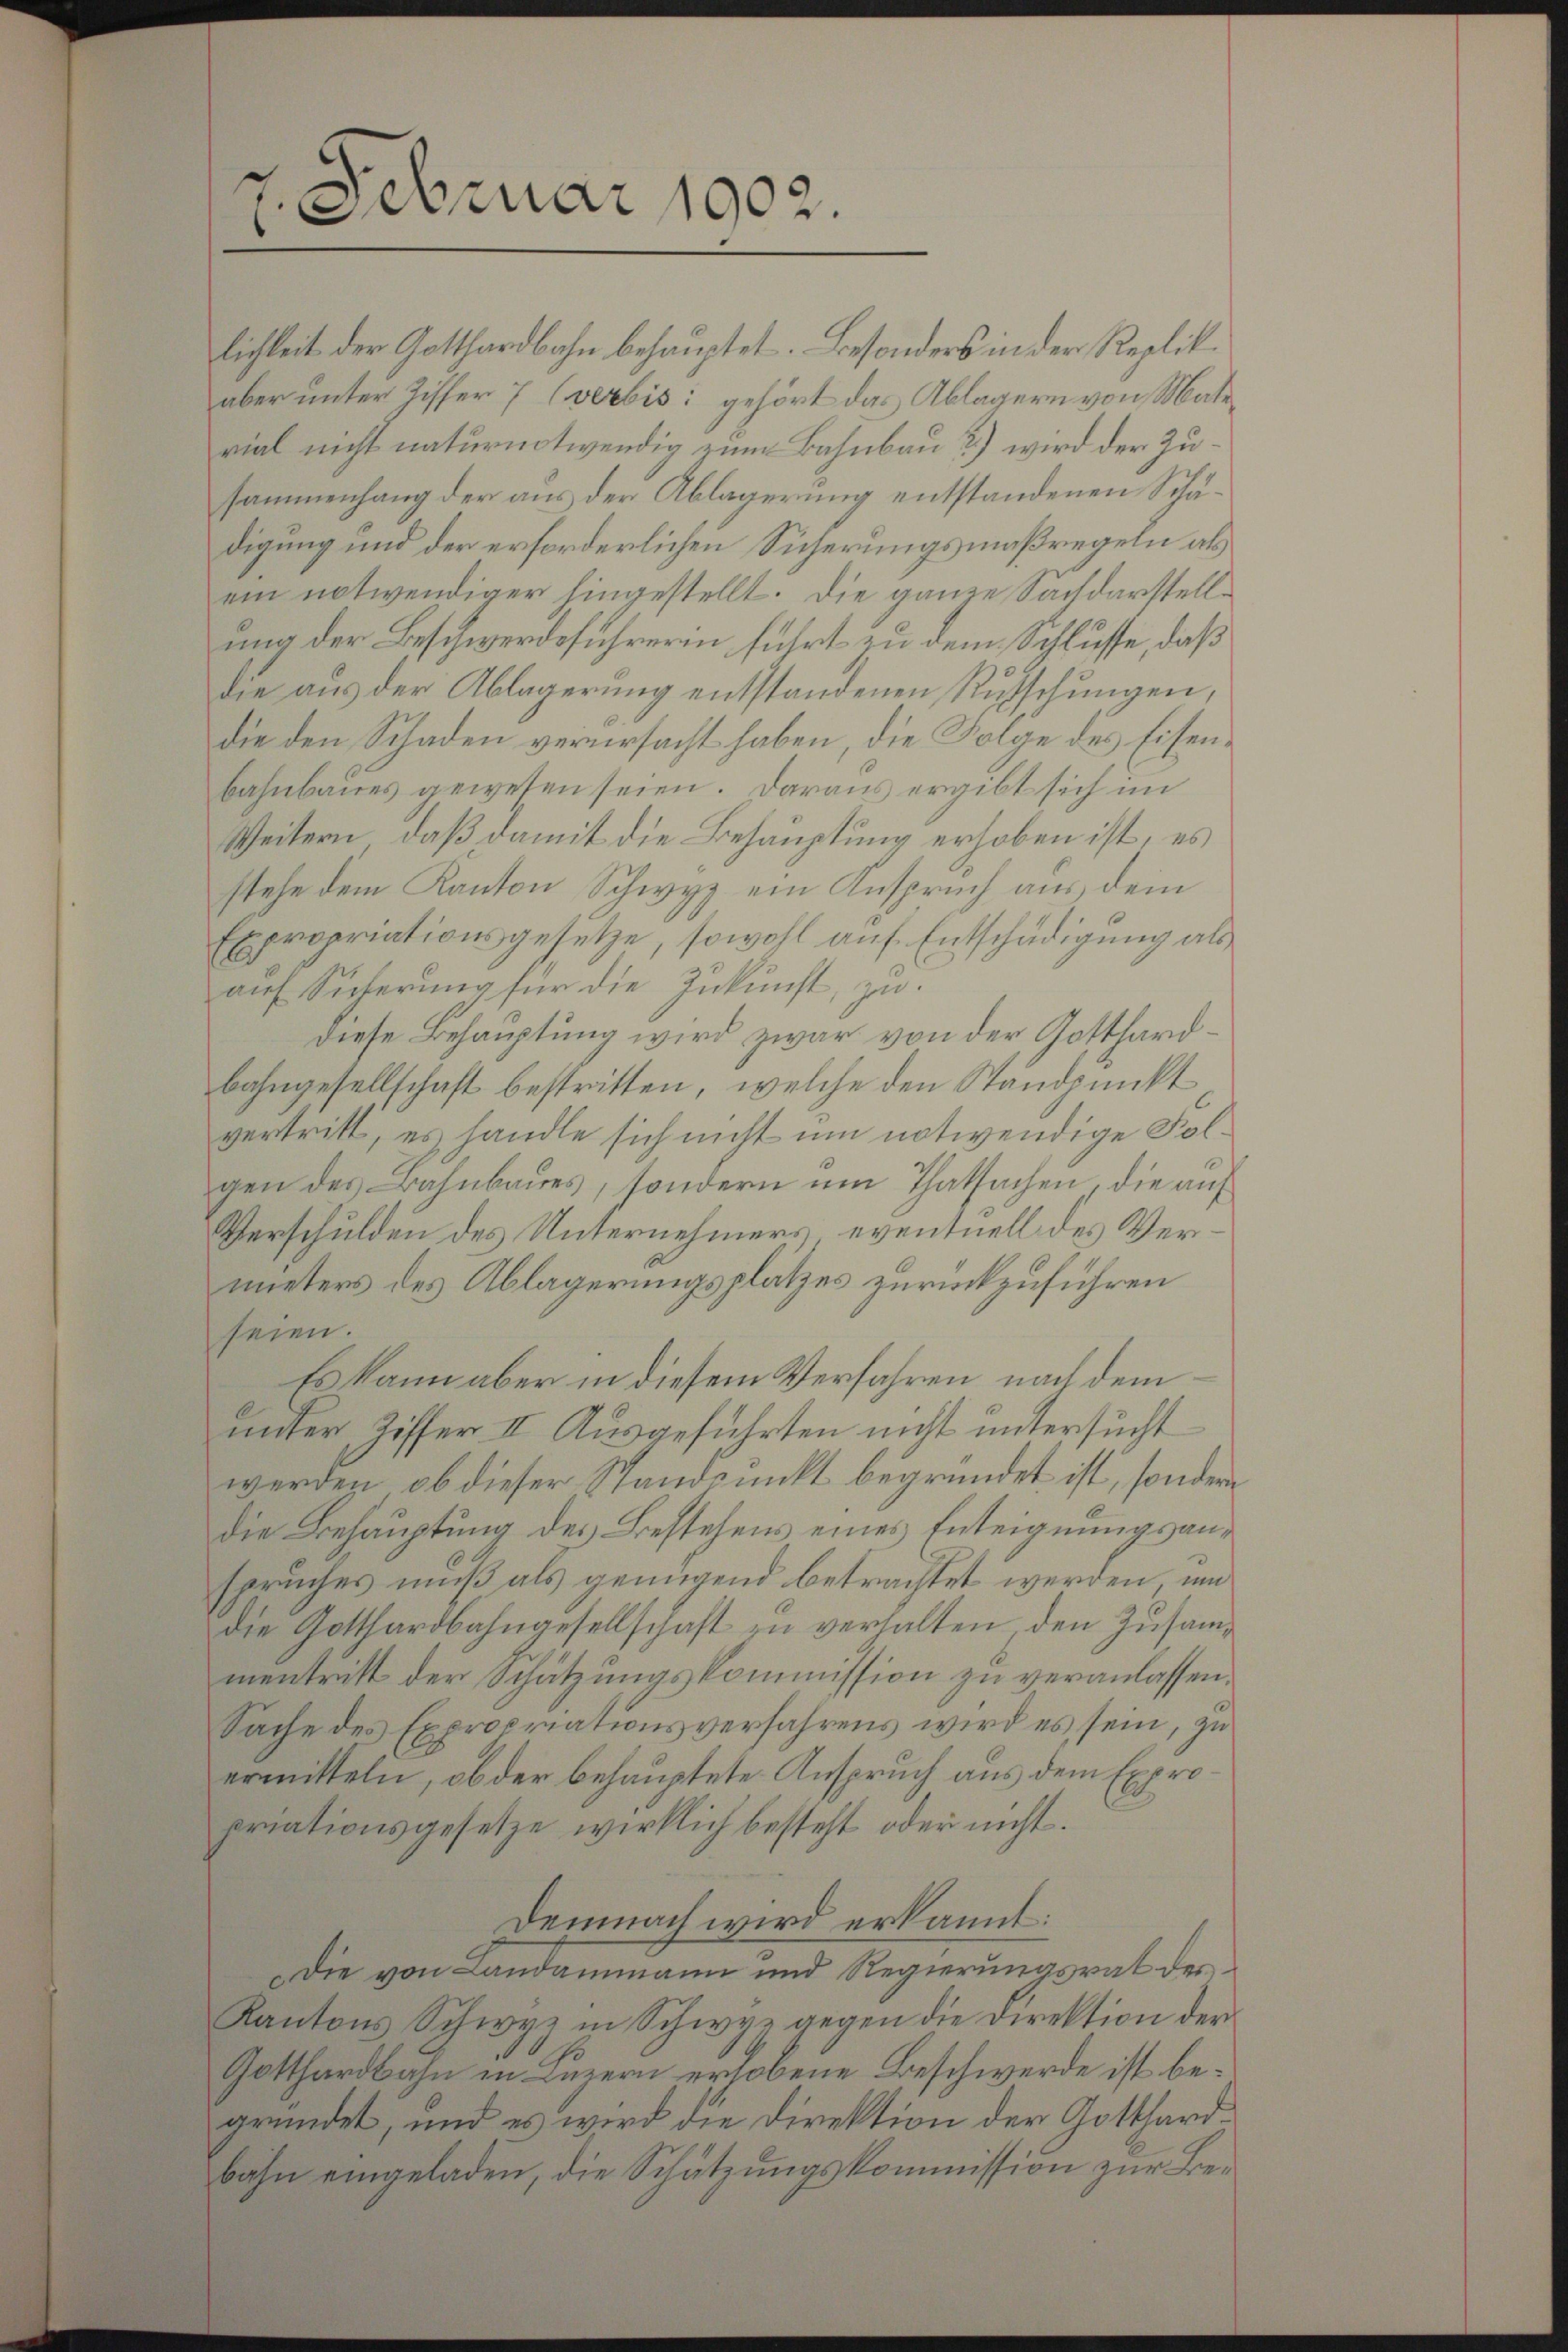
7. Februar 1902.

lichkeit der Gotthardbahn behauptet. Besonders in der Replik.
aber unter Ziffer 7 (verbis gehört das Ablagern von Mateviel nicht naturnotwendig zum Bahnbau 2) wird der Zusammenhang der aus der Ablagerung entstandenen Schädigung und der erforderlichen Sicherungsmaßregeln als
ein notwendiger hingestellt. Die ganze Sachdarstellung der Beschwerdeführerin führt zu dem Schlusse, daß
die aus der Ablagerung entstandenen Rutschungen,
die den Schaden verursacht haben, die Folge des Eisen¬
Bahnbaues gewesen seien. Daraus ergibt sich im
Weitern, daß damit die Behauptung erhoben ist, es
stehe dem Kanton Schwyz ein Anspruch aus dem
Expropriationsgesetze, sowohl auf Entschädigung als
auf Sicherung für die Zukunft, zu
Diese Behauptung wird zwar von der Gotthardbahngesellschaft bestritten, welche den Standpunkt
vertritt, es handle sich nicht um notwendige Folgen des Bahnbaues, sondern um Thatsachen. Die auf
Verschulden des Unternehmers, eventuell des Vermeters des Ablagerungsplatzes zurückzuführen
seien.
Es kann aber in diesem Verfahren nach dem
unter Ziffer II Ausgeführten nicht untersucht
werden, ob dieser Standpunkt begründet ist, sondern
die Behauptung des Bestehens eines Enteignungsanspruches muß als genügend betrachtet werden, um
die Gotthardbahngesellschaft zu verhalten den Zusammentritt der Schätzungskommission zu veranlassen.
Sache des Expropriationsverfahrens wird es sein, zu
ermitteln, ob der behauptete Anspruch aus dem Expropriationsgesetze wirklich besteht oder nicht.
Demnach wird erkannt:
Die von Landammann und Regierungsrat der
Kantons Schwyz in Schwyz gegen die Direktion der
Gotthardbahn in Luzern erhobene Beschwerde ist begründet, und es wird die Direktion der Gotthardbahn eingeladen, die Schätzungskommission zur Be¬